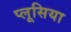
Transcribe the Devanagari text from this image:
प्लूसिया